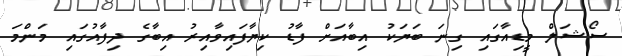
ސޯޝަލް މީޑިއާގައި ގިނަ ބަޔަކު އިބާއަށް ފާޑު ކިޔާފައިވާއިރު އިބާގެ ދިފާއުގައި މަންމަ